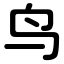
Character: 鸟